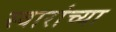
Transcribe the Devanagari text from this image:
स्वारांच्या